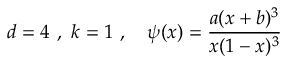
d = 4 \ , \ k = 1 \ , \ \ \ \psi ( x ) = \frac { a ( x + b ) ^ { 3 } } { x ( 1 - x ) ^ { 3 } } \,